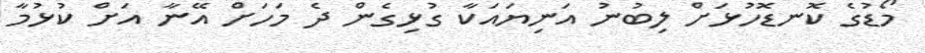
މޯޑުގެ ކޮނޑޮހުޅަށް ލިބުނު އަނިޔައަކާ ގުޅިގެން ދެ މަހަށް އޭނާ އަށް ކުޅުމާ